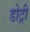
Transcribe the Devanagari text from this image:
डोट्री